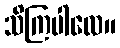
သိကြပါလေ။